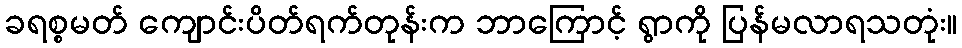
ခရစ္စမတ် ကျောင်းပိတ်ရက်တုန်းက ဘာကြောင့် ရွာကို ပြန်မလာရသတုံး။